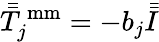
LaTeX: \bar{\bar{T}}_{j}^{\, \mathrm{mm}}=-b_{j}\bar{\bar{I}}